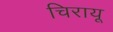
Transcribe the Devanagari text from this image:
चिरायू